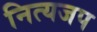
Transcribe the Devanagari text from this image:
नित्यजप